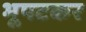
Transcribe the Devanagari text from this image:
भूपटकर